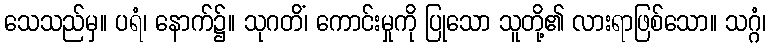
သေသည်မှ။ ပရံ၊ နောက်၌။ သုဂတိံ၊ ကောင်းမှုကို ပြုသော သူတို့၏ လားရာဖြစ်သော။ သဂ္ဂံ၊